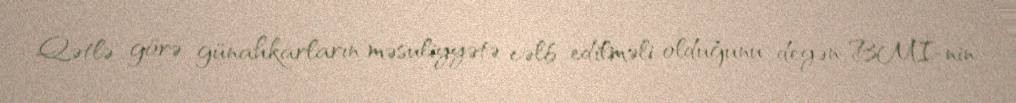
Qətlə görə günahkarların məsuliyyətə cəlb edilməli olduğunu deyən BMİ-nin